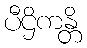
ပီဌိကန္တိ